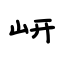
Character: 岍